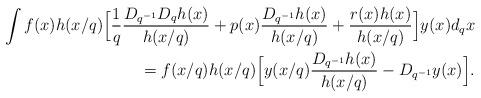
LaTeX: \begin{align*} \int f(x) h(x/q) \Big[ \frac{1}{q} \frac{D_{q^{-1}} D_q h(x)}{h(x/q)}+ p(x) \frac{D_{q^{-1}}h(x)}{h(x/q)}+ \frac{r(x) h(x)}{h(x/q)}\Big]y(x) d_qx \\ = f(x/q) h(x/q) \Big[y(x/q) \frac{D_{q^{-1}}h(x)}{h(x/q)} - D_{q^{-1}}y(x)\Big].\end{align*}